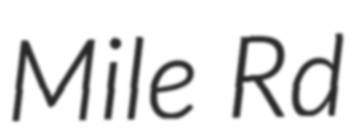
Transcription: Mile Rd